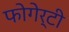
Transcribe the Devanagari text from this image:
फोगेर्टी